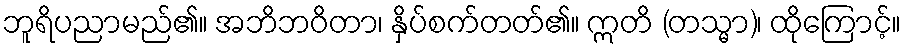
ဘူရိပညာမည်၏။ အဘိဘဝိတာ၊ နှိပ်စက်တတ်၏။ ဣတိ (တသ္မာ)၊ ထိုကြောင့်။